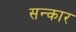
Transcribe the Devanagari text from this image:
सन्कार